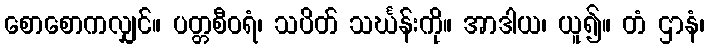
စောစောကလျှင်။ ပတ္တစီဝရံ၊ သပိတ် သင်္ဃန်းကို။ အာဒါယ၊ ယူ၍။ တံ ဌာနံ၊